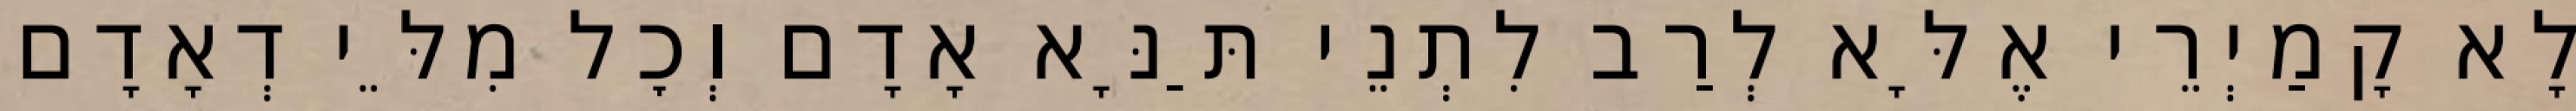
לָא קָמַיְרֵי אֶלָּא לְרַב לִתְנֵי תַּנָּא אָדָם וְכׇל מִלֵּי דְאָדָם